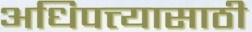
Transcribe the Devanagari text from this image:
अधिपत्त्यासाठी